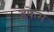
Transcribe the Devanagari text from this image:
इफेम